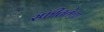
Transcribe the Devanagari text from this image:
स्फीततेचा